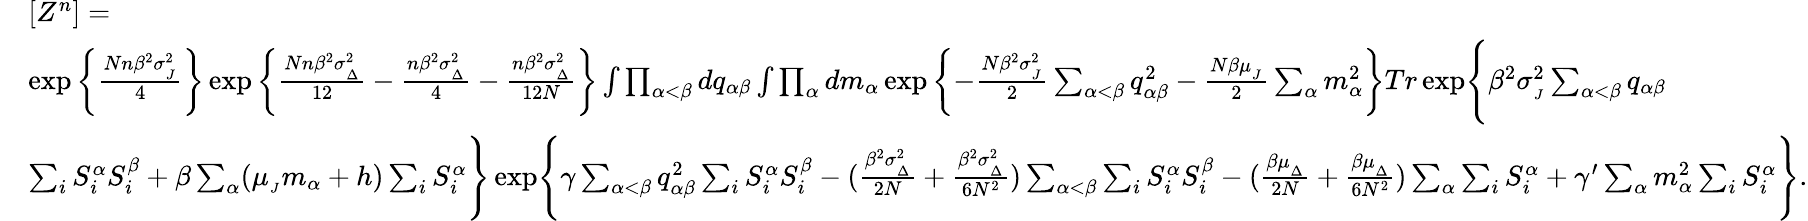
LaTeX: \begin{array}{rl}&{[Z^{n}]=}\\ &{\exp\left\{ \frac{Nn\beta^{2}\sigma_{_{J}}^{2}}{4}\right\} \exp\left\{ \frac{Nn\beta^{2}\sigma_{_{\Delta}}^{2}}{12}-\frac{n\beta^{2}\sigma_{_{\Delta}}^{2}}{4}-\frac{n\beta^{2}\sigma_{_{\Delta}}^{2}}{12N}\right\} \int\prod_{\alpha<\beta}dq_{\alpha\beta}\int\prod_{\alpha}dm_{\alpha}\exp\left\{ -\frac{N\beta^{2}\sigma_{_{J}}^{2}}{2}\sum_{\alpha<\beta}q_{\alpha\beta}^{2}-\frac{N\beta\mu_{_{J}}}{2}\sum_{\alpha}m_{\alpha}^{2}\right\} Tr\exp\Biggl\{ \beta^{2}\sigma_{_{J}}^{2}\sum_{\alpha<\beta}q_{\alpha\beta}}\\ &{\sum_{i}S_{i}^{\alpha}S_{i}^{\beta}+\beta\sum_{\alpha}(\mu_{_{J}}m_{\alpha}+h)\sum_{i}S_{i}^{\alpha}\Biggr\} \exp\Biggl\{ \gamma\sum_{\alpha<\beta}q_{\alpha\beta}^{2}\sum_{i}S_{i}^{\alpha}S_{i}^{\beta}-(\frac{\beta^{2}\sigma_{_{\Delta}}^{2}}{2N}+\frac{\beta^{2}\sigma_{_{\Delta}}^{2}}{6N^{2}})\sum_{\alpha<\beta}\sum_{i}S_{i}^{\alpha}S_{i}^{\beta}-(\frac{\beta\mu_{_{\Delta}}}{2N}+\frac{\beta\mu_{_{\Delta}}}{6N^{2}})\sum_{\alpha}\sum_{i}S_{i}^{\alpha}+\gamma^{\prime}\sum_{\alpha}m_{\alpha}^{2}\sum_{i}S_{i}^{\alpha}\Biggr\} .}\end{array}